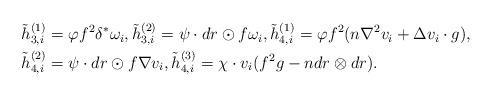
LaTeX: \begin{align*}\begin{aligned}\tilde{h}_{3,i}^{(1)}&=\varphi f^2\delta^*\omega_i,\tilde{h}_{3,i}^{(2)}=\psi \cdot dr\odot f\omega_i,\tilde{h}_{4,i}^{(1)}=\varphi f^2(n\nabla^2 v_i+\Delta v_i\cdot g),\\\tilde{h}_{4,i}^{(2)}&=\psi \cdot dr\odot f \nabla v_i,\tilde{h}_{4,i}^{(3)}=\chi\cdot v_i(f^2g-ndr\otimes dr).\end{aligned}\end{align*}